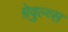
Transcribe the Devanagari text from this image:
ग्रेवुल्व्स